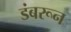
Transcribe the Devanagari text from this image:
डंबरून